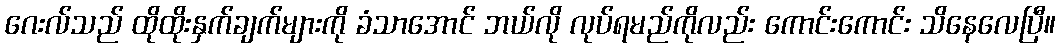
ဂေးလ်သည် ထိုထိုးနှက်ချက်များကို ခံသာအောင် ဘယ်လို လုပ်ရမည်ကိုလည်း ကောင်းကောင်း သိနေလေပြီ။